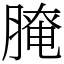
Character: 𦞴